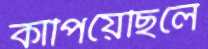
কাঁপিয়েছিলে